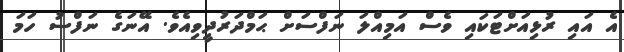
އެ އައި ރުޅިއަށްޓަކައި ވެސް އަމިއްލަ ނަފްސަށް ޙަމްދަރުދީވިއެވެ. އޭނަގެ ނަފްސު ހަމަ